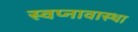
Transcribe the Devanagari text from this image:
स्वप्नावास्था